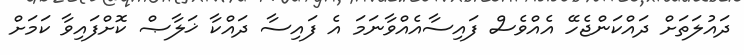
ދައުލަތަށް ދައްކަންޖެހޭ އެއްވެސް ފައިސާއެއްވާނަމަ އެ ފައިސާ ދައްކާ ޚަލާޞް ކޮށްފައިވާ ކަމަށް